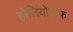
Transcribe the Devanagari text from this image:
होलियोग्राफ